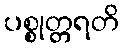
ပစ္စုတ္တရတိ